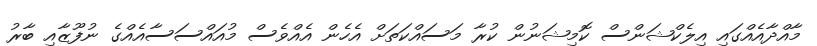
މާއްދާއެއްގައި އިލެކްޝަންސް ކޮމިޝަނުން ކުރާ މަސައްކަތަށް އެހެން އެއްވެސް މުއައްސަސާއެއްގެ ނުފޫޒާއި ބާރު